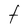
Character: t